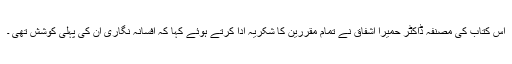
اس کتاب کی مصنفہ ڈاکٹر حمیرا اشفاق نے تمام مقررین کا شکریہ ادا کرتے ہوئے کہا کہ افسانہ نگاری ان کی پہلی کوشش تھی ۔